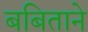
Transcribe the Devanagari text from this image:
बबिताने